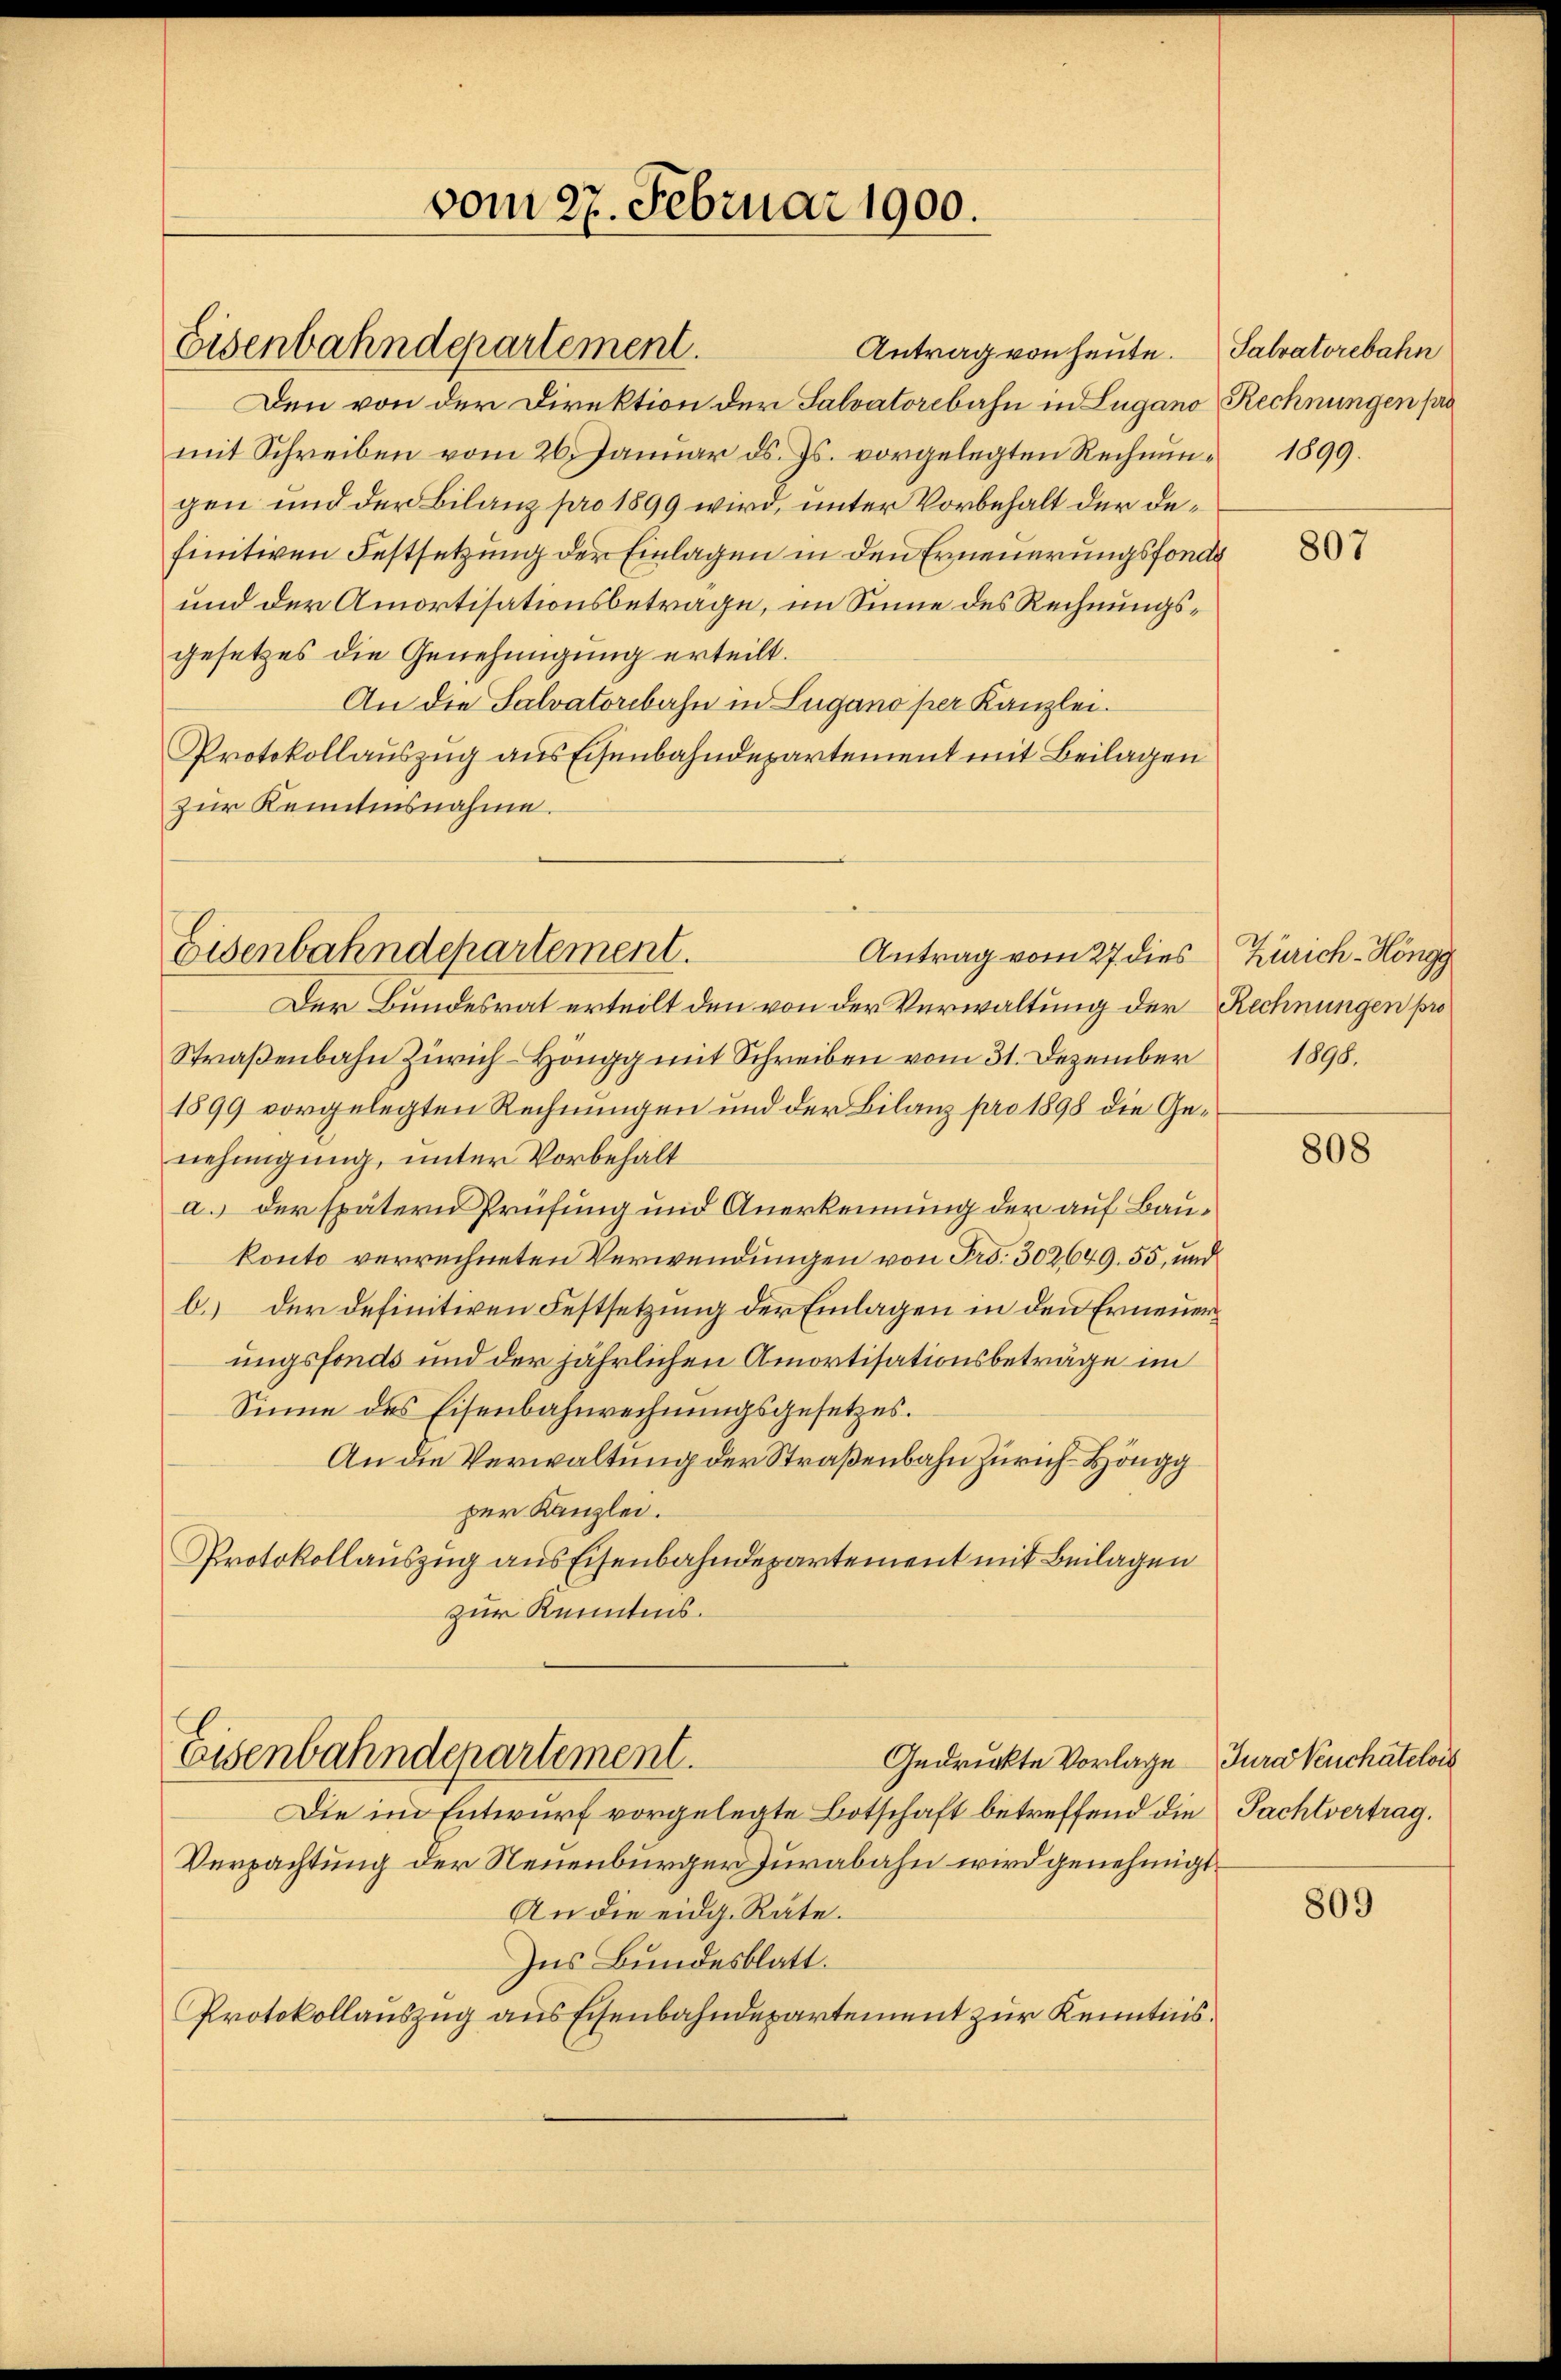
Eisenbahndepartement.

vom 27. Februar 1900.

Eisenbahndepartement.

Antrag von heute. Salvatorebahn
Den von der Direktion der Salvatorebahn in Lugano Rechnungen pra
mit Schreiben vom 26. Januar ds. Js. vorgelegten Rechnŭn- 1899.
gen und der Bilanz pro 1899 wird, unter Vorbehalt der definitiven Festsetzung der Einlagen in den Erneuerungsfonde
und der Amortisationsbetrage, im Sinne des Rechnungsgesetzes die Genehmigung erteilt.
An die Salvatorebahn in Lugano per Kanzlei.
Protokollauszug aus Eisenbahndepartement mit Beilagen
zur Kenntnisnahme.
Antrag vom 27. dies
Der Bundesrat erteilt den von der Verwaltung der Rechnungen pro
Straßenbahn Zürich Höngg mit Schreiben vom 31. Dezember
1899 vorgelegten Rechnungen und der Bilanz pro 1898 die Genehmigung, unter Vorbehalt
a. der spätern Prüfung und Anerkennung der auf Baukonto verrechneten Verwendungen von Frs. 302649. 55, und
b.) der definitiven Festsetzung der Einlagen in den Erneuerungsfonds und der jährlichen Amortisationsbeträge im
Sinne des Eisenbahnrechnungsgesetzes.
An die Verwaltung der Straßenbahn Zürich-Höngg
per Kanzlei.
Protokollauszug aus Eisenbahndepartement mit Beilagen
zur Kenntnis.

Eisenbahndepartement.
Gedruckte Vorlage Jura Veuchâtelois

Die im Entwurf vorgelegte Botschaft betreffend die Pachtvertrag.
Verpachtung der Neuenbürger Jurabahn wird genehmigt.
An die eidg. Räte.
Ins Bundesblatt.
Protokollauszug aus Eisenbahndepartement zur Kenntnis.

807

Zürich-Höngg
1898.

808

809